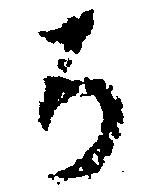
か